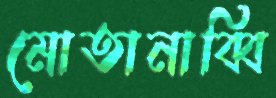
মোতানাব্বি